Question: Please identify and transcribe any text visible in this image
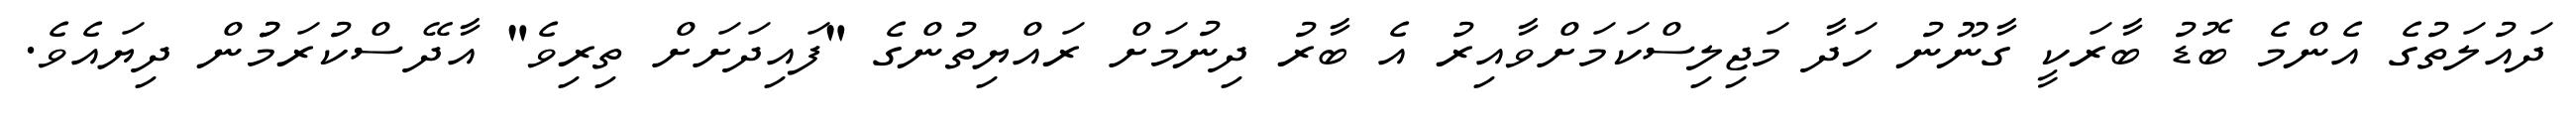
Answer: ދައުލަތުގެ އެންމެ ބޮޑު ބާރަކީ ގާނޫނު ހަދާ މަޖިލިސްކަމަށްވާއިރު އެ ބާރު ދިނުމަށް ރައްޔިތުންގެ "ފައިދަށަށް ތިރިވެ" އާދޭސްކުރަމުުން ދިޔައެވެ.